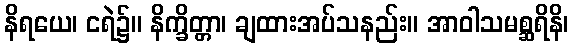
နိရယေ၊ ငရဲ၌။ နိက္ခိတ္တာ၊ ချထားအပ်သနည်း။ အာဝါသမစ္ဆရိနိ၊